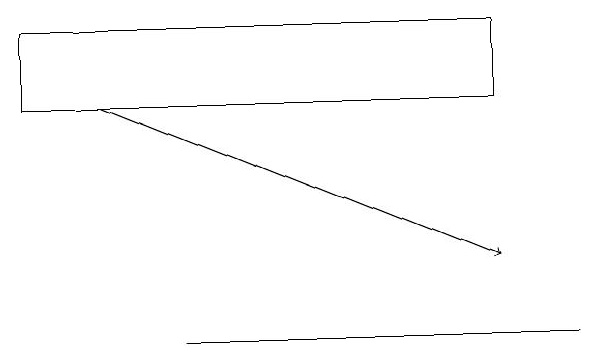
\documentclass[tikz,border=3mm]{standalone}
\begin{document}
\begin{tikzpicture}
\draw (8,11) rectangle (3,11);
\draw[->] (2,14) -- (7,12);
\draw (1,15) rectangle (7,14);
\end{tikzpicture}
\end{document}